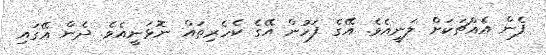
ފެން އެއްޗަކަށް ލަނީއެވެ. އޭގެ ފަހުން އޭގެ ކެހެރިތައް ނޮޅަނީއެވެ. ދެން އޭގައި